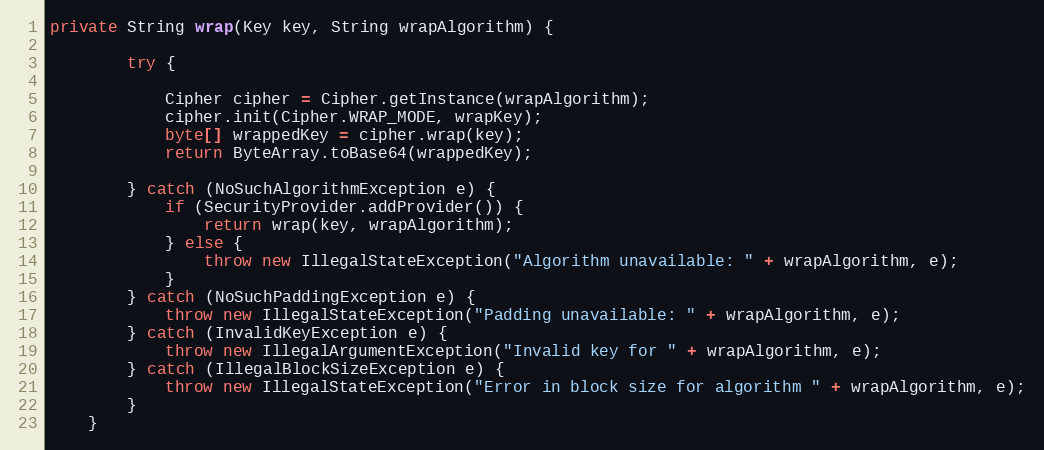
Language: Java
private String wrap(Key key, String wrapAlgorithm) {

        try {

            Cipher cipher = Cipher.getInstance(wrapAlgorithm);
            cipher.init(Cipher.WRAP_MODE, wrapKey);
            byte[] wrappedKey = cipher.wrap(key);
            return ByteArray.toBase64(wrappedKey);

        } catch (NoSuchAlgorithmException e) {
            if (SecurityProvider.addProvider()) {
                return wrap(key, wrapAlgorithm);
            } else {
                throw new IllegalStateException("Algorithm unavailable: " + wrapAlgorithm, e);
            }
        } catch (NoSuchPaddingException e) {
            throw new IllegalStateException("Padding unavailable: " + wrapAlgorithm, e);
        } catch (InvalidKeyException e) {
            throw new IllegalArgumentException("Invalid key for " + wrapAlgorithm, e);
        } catch (IllegalBlockSizeException e) {
            throw new IllegalStateException("Error in block size for algorithm " + wrapAlgorithm, e);
        }
    }